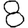
Digit: 8